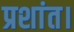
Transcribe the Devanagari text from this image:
प्रशांत।